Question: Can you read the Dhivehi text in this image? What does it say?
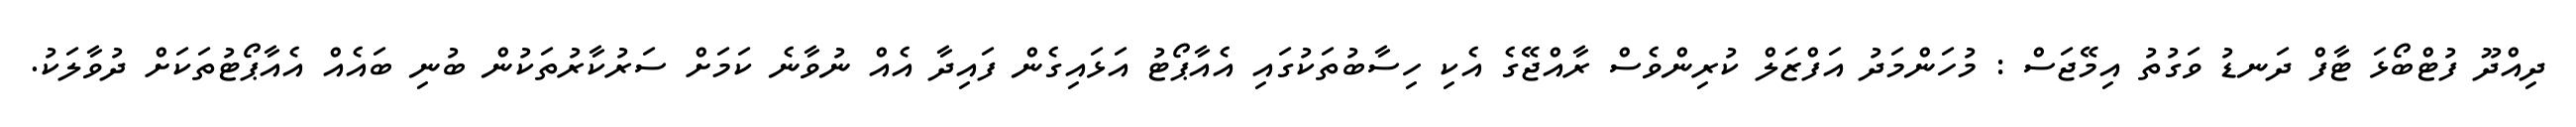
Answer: ދިއްދޫ ފުޓްބޯޅަ ޓާފް ދަނޑު ވަގުތު އިމޭޖަސް : މުހަންމަދު އަފްޒަލް ކުރިންވެސް ރާއްޖޭގެ އެކި ހިސާބުތަކުގައި އެއާޕޯޓު އަޅައިގެން ފައިދާ އެއް ނުވާނެ ކަމަށް ސަރުކާރުތަކުން ބުނި ބައެއް އެއާޕޯޓުތަކަށް ދުވާލަކު.